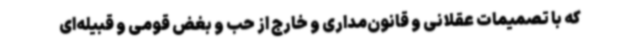
که با تصمیمات عقلانی و قانون‌مداری و خارج از حب و بغض قومی و قبیله‌ای